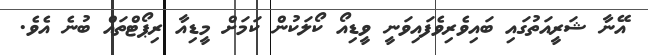
އޭނާ ޝަރީއަތުގައި ބައިވެރިވެފައިވަނީ ވީޑިއޯ ކޯލަކުން ކަމަށް މީޑިއާ ރިޕޯޓްތައް ބުނެ އެވެ.